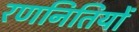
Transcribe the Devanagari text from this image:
रणनितियों